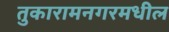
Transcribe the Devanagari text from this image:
तुकारामनगरमधील